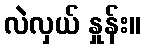
လဲလှယ် နှုန်း။